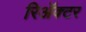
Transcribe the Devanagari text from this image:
रिॲक्टर